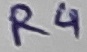
Text: R4